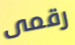
رقمى